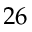
2 6